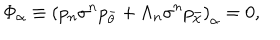
\Phi _ { \alpha } \equiv { ( p _ { n } \sigma ^ { n } p _ { \bar { \theta } } + \Lambda _ { n } \sigma ^ { n } p _ { \bar { \chi } } ) } _ { \alpha } = 0 ,